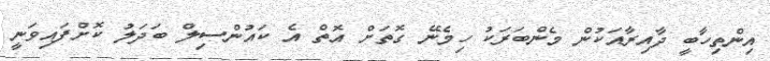
އިންތިހާބީ ދާއިރާއަކުން މެންބަރަކު ހިމެނޭ ގޮތަށް އޮތް އެ ކައުންސިލް ބަދަލު ކޮށްފައިވަނީ